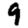
Digit: 9